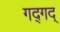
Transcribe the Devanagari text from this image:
गद्‍गद्